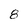
Character: 8